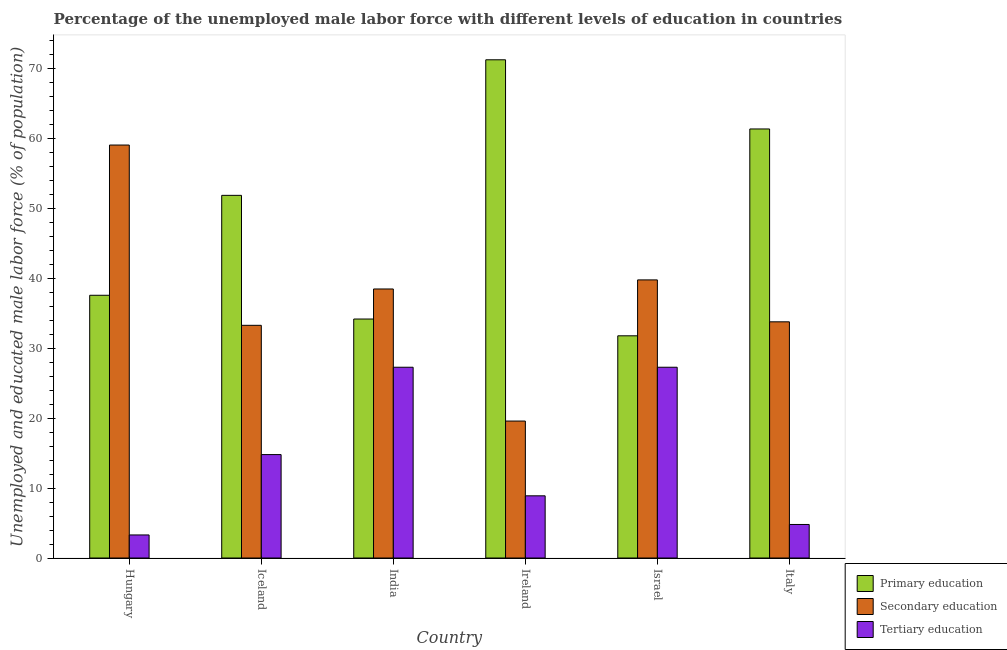
| Country | Primary education | Secondary education | Tertiary education |
 | --- | --- | --- | --- |
 | Hungary | 37.6 | 59.1 | 3.3 |
 | Iceland | 51.9 | 33.3 | 14.8 |
 | India | 34.2 | 38.5 | 27.3 |
 | Ireland | 71.3 | 19.6 | 8.9 |
 | Israel | 31.8 | 39.8 | 27.3 |
 | Italy | 61.4 | 33.8 | 4.8 |